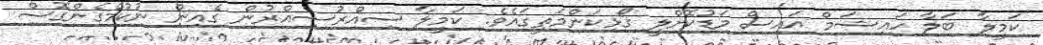
ކަމީލާ ބަލާ ހައިޝަމް އައިސް މަޑުކޮށްލީ ގޯޅިކަންމަތީގައެވެ. ކަމީލާ ސިއްރުސިއްރުން ގެއިން ނުކުމެގެންގޮސް